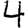
Digit: 4